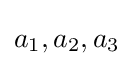
a_{1},a_{2},a_{3}